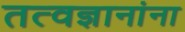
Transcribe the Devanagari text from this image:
तत्वज्ञानांना